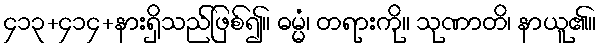
၄၁၃+၄၁၄+နားရှိသည်ဖြစ်၍။ ဓမ္မံ၊ တရားကို။ သုဏာတိ၊ နာယူ၏။